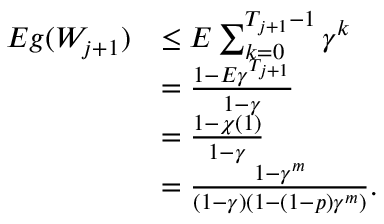
\begin{array} { r l } { E g ( W _ { j + 1 } ) } & { \leq E \sum _ { k = 0 } ^ { T _ { j + 1 } - 1 } \gamma ^ { k } } \\ & { = \frac { 1 - E \gamma ^ { T _ { j + 1 } } } { 1 - \gamma } } \\ & { = \frac { 1 - \chi ( 1 ) } { 1 - \gamma } } \\ & { = \frac { 1 - \gamma ^ { m } } { ( 1 - \gamma ) ( 1 - ( 1 - p ) \gamma ^ { m } ) } . } \end{array}